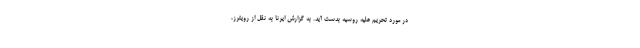
در مورد تحریم علیه روسیه بدست آید. به گزارش ایرنا به نقل از رویترز،